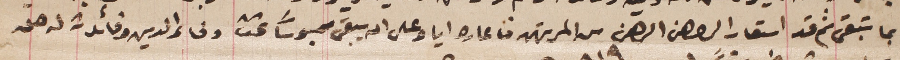
بما تبقى ثم قد استعار الراهن الرهن من المرتهن فاعاره اياه على ان يبقى محبوساً تحت وفاء الدين وفائدة له حق